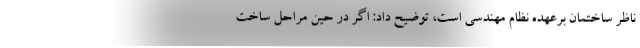
ناظر ساختمان برعهده نظام مهندسی است، توضیح داد: اگر در حین مراحل ساخت